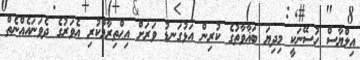
އިލްޔާސް ހުސޭނަކީ މިދިޔަ ބަޣާވާތުގެ ކުރިން އަޅުގަނޑު ވަރަށް އިޙްތިރާމްކުރި އެވަރުގެ ދެވަނައެއްނެތް